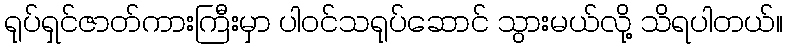
ရုပ်ရှင်ဇာတ်ကားကြီးမှာ ပါဝင်သရုပ်ဆောင် သွားမယ်လို့ သိရပါတယ်။